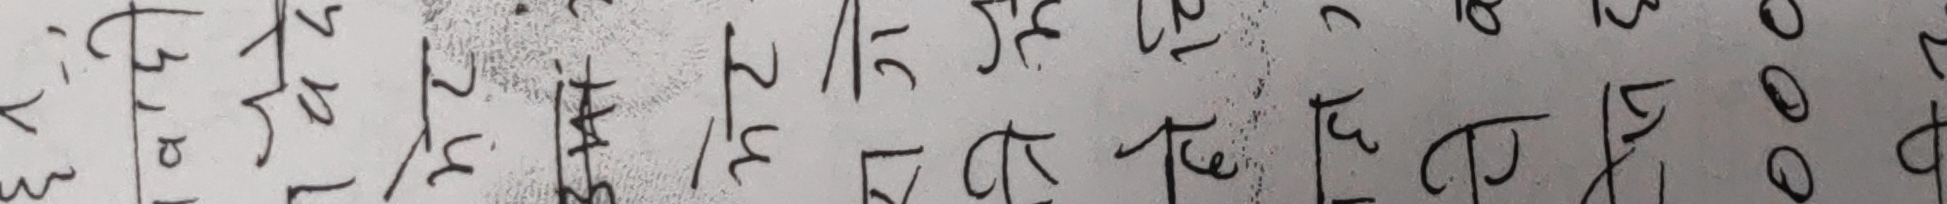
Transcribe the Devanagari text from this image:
१ २ ३ ४ ५ ६ ७ ८ ९ १० ११ १२ १३ १४ १५ १६ १७ १८ १९ २० २१ २२ २३ २४ २५ २६ २७ २८ २९ ३० ३१ ३२ ३३ ३४ ३५ ३६ ३७ ३८ ३९ ४० ४१ ४२
० १ २ ३ ४ ५ ६ ७ ८ ९ १० ११ १२ १३ १४ १५ १६ १७ १८ १९ २० २१ २२ २३ २४ २५ २६ २७ २८ २९ ३० ३१ ३२ ३३ ३४ ३५ ३६ ३७ ३८ ३९ ४०